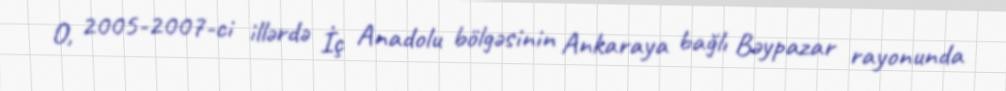
O, 2005-2007-ci illərdə İç Anadolu bölgəsinin Ankaraya bağlı Bəypazar rayonunda